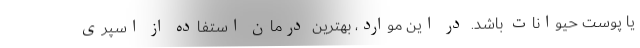
یا پوست حیوانات باشد. در این موارد، بهترین درمان استفاده از اسپری